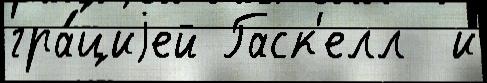
гра́циjей Гаск'елл  и